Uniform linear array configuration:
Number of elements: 48
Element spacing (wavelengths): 0.25
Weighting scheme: uniform
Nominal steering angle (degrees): -60
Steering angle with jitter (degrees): -58.382
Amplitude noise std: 0.05
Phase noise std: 0.05

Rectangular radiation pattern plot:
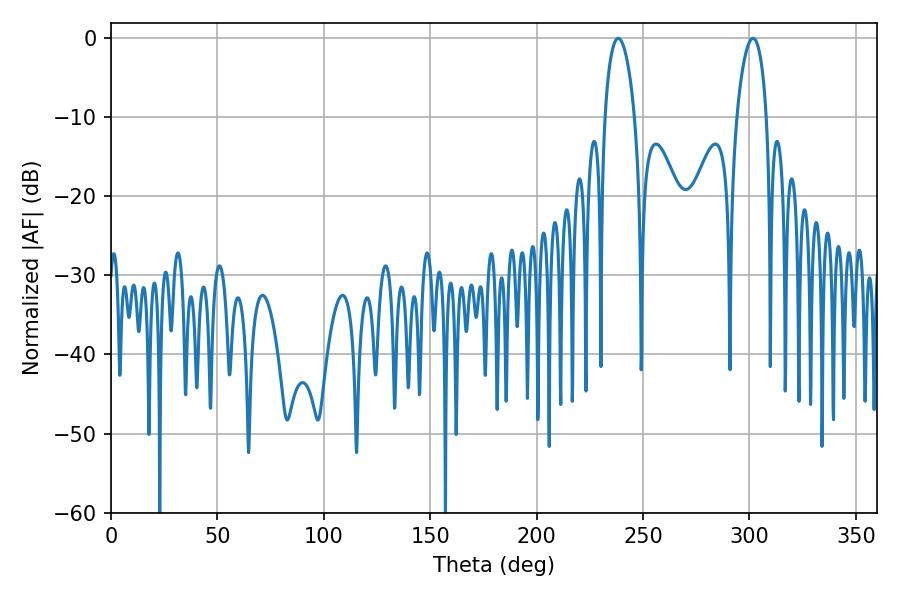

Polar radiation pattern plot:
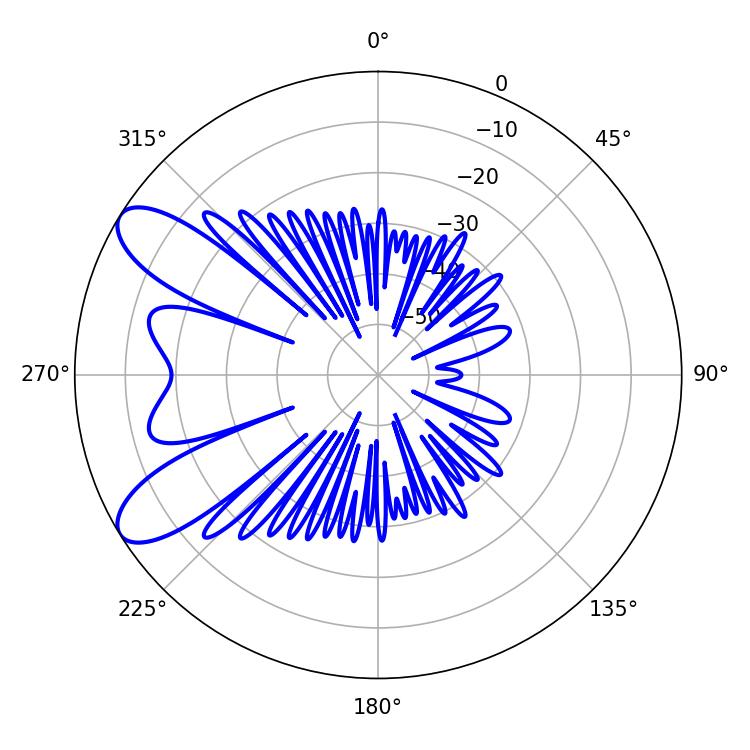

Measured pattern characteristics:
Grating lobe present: FALSE
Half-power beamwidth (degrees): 8.1
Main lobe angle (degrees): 238.32